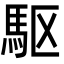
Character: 駆